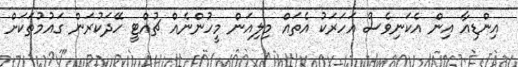
އިންޑިއާ އިން އެކަނިވެސް އަހަރަކު އެތައް މިލިއަން މީހުންނެއް ޗުއްޓީ ހޭދަކުރަން ގައުމުތަކަށް